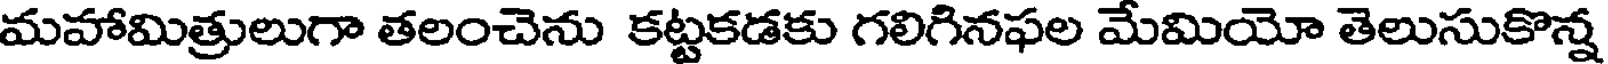
మహామిత్రులుగా తలంచెను కట్టకడకు గలిగినఫల మేమియో తెలుసుకొన్న